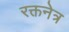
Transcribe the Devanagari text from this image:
रक्तनेत्र